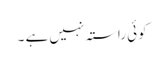
کوئی راستہ نہیں ہے ۔